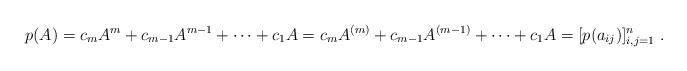
LaTeX: \begin{align*}p(A) = c_m A^m+ c_{m-1} A^{m-1} + \cdots + c_1 A = c_m A^{(m)}+ c_{m-1} A^{(m-1)} + \cdots + c_1 A = [p(a_{i j})]_{i, j = 1}^n \ . \end{align*}